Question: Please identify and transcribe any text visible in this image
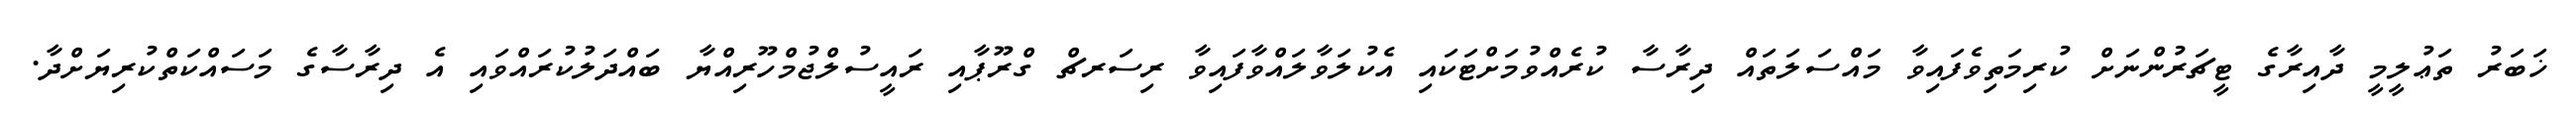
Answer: ޚަބަރު ތަޢުލީމީ ދާއިރާގެ ޓީޗަރުންނަށް ކުރިމަތިވެފައިވާ މައްސަލަތައް ދިރާސާ ކުރެއްވުމަށްޓަކައި އެކުލަވާލައްވާފައިވާ ރިސަރޗް ގްރޫޕާއި ރައީސުލްޖުމްހޫރިއްޔާ ބައްދަލުކުރައްވައި އެ ދިރާސާގެ މަސައްކަތްކުރިޔަށްދާ.